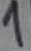
Text: 1